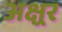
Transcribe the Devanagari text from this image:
अक्ष्रर